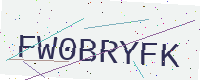
Text: FW0BRYFK